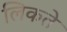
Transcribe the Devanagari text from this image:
लिकते